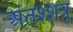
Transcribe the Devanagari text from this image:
अंतश्शत्रु